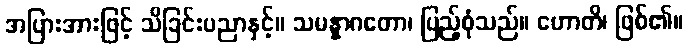
အပြားအားဖြင့် သိခြင်းပညာနှင့်။ သမန္နာဂတော၊ ပြည့်စုံသည်။ ဟောတိ၊ ဖြစ်၏။